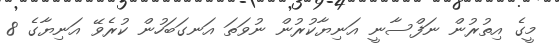
މީގެ އިތުރުން ނަފްސާނީ އަނިޔާކުރުން ނުވަތަ އަނގަބަހުން ކުރެވޭ އަނިޔާގެ 8